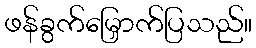
ဖန်ခွက်မြှောက်ပြသည်။